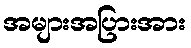
အများအပြားအား